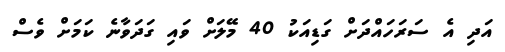
އަދި އެ ސަރަހައްދަށް ގަޑިއަކު 40 މޭލަށް ވައި ގަދަވާނެ ކަމަށް ވެސް